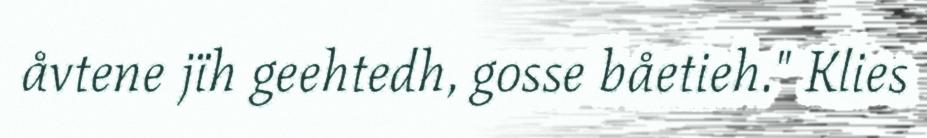
åvtene jïh geehtedh, gosse båetieh." Klies